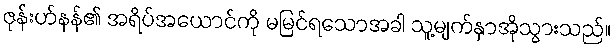
ဇုန်းဟ်နန်၏ အရိပ်အယောင်ကို မမြင်ရသောအခါ သူ့မျက်နှာအိုသွားသည်။